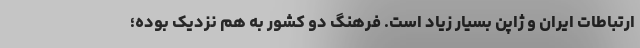
ارتباطات ایران و ژاپن بسیار زیاد است. فرهنگ دو کشور به هم نزدیک بوده؛